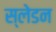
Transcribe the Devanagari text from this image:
स्लेडन